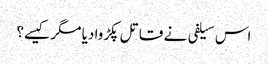
اس سیلفی نے قاتل پکڑوا دیا مگر کیسے؟